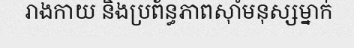
រាងកាយ និងប្រព័ន្ធភាពស៊ាំមនុស្សម្នាក់